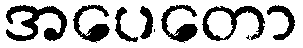
အပေတော